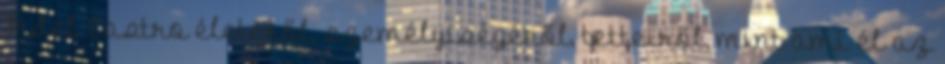
Fidel Castro életéről, személyiségéről, tetteiről, mint ami él az